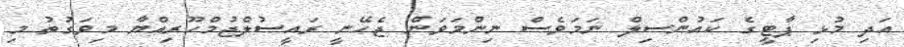
އަދި މުޅި ޕާޓީގެ ކައުންސިލް ނަމަވެސް ނިންމަވަން ޖެހޭނީ ރައީސުލްޖުމްހޫރިއްޔާ މިވަގުތު މި